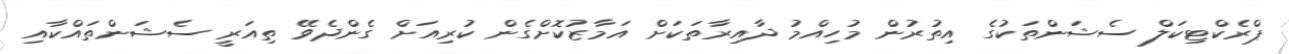
ޕްރެކްޓިކަލް ސެޝަންތަކުގެ އިތުރުން މުހިއްމު ދާއިރާތަކަށް އަމާޒުކޮށްގެން ކުރިއަށް ގެންދެވޭ ތިއަރީ ސެޝަންތައްކާއި